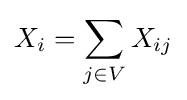
X_{i}=\sum _{j\in V}X_{ij}